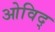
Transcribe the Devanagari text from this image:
ओविद्